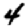
Digit: 4